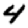
Digit: 4